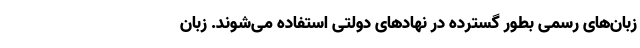
زبان‌های رسمی بطور گسترده در نهادهای دولتی استفاده می‌شوند. زبان